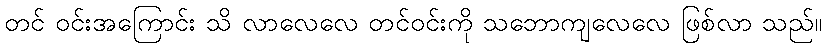
တင် ဝင်းအကြောင်း သိ လာလေလေ တင်ဝင်းကို သဘောကျလေလေ ဖြစ်လာ သည်။